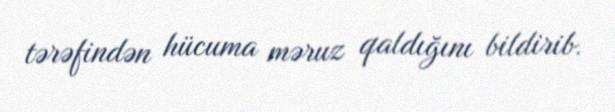
tərəfindən hücuma məruz qaldığını bildirib.